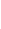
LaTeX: \! \! \! \! \! \! \! \! \! \! \! \operatorname*{det}\! \! \! \! \! \! \! \! \! \! \! \! \! \! \! \! \! \! \! \! \! \! \! \! (\! \! \! \! \! \! \! \! \! \! \! \! F\! \! \! \! \! \! \! \! \! \! \! \! ^{\! }\! \! \! \! \! \! \! \! \! \! \! +\! \! \! \! \! \! \! \! \! \! \! \! (\! \! \! \! \! \! \! \! \! \! \! \! r\! \! \! \! \! \! \! \! \! \! \! \! ,\! \! \! \! \! \! \! \! \! \! \! \! 0\! \! \! \! \! \! \! \! \! \! \! \! )\! \! \! \! \! \! \! \! \! \! \! \! \! \! \! \! \! \! \! \! \! \! \! \! |\! \! \! \! \! \! \! \! \! \! \! \! F\! \! \! \! \! \! \! \! \! \! \! \! ^{\! }\! \! \! \! \! \! \! \! \! \! \! -\! \! \! \! \! \! \! \! \! \! \! \! (r\! \! \! \! \! \! \! \! \! \! \! \! ,\! \! \! \! \! \! \! \! \! \! \! \! 0\! \! \! \! \! \! \! \! \! \! \! \! )\! \! \! \! \! \! \! \! \! \! \! \! \! \! \! \! \! \! \! \! \! \! \! \! )\! \! \! \! \! \! \! \! \! \! \! \! \! \! \! \! \! \! \! \! \! \! \! \! =\! \! \! \! \! \! \! \! \! \! \! \! \! \! \! \! \! \! \! \! \! \! \! \! 0\! \! \! \! \! \! \! \! \! \! \!